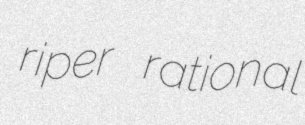
riper rational